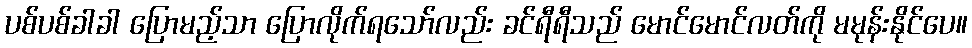
ပစ်ပစ်ခါခါ ပြောမည့်သာ ပြောလိုက်ရသော်လည်း ခင်ရီရီသည် မောင်မောင်လတ်ကို မမုန်းနိုင်ပေ။